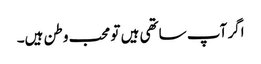
اگر آپ ساتھی ہیں تو محب وطن ہیں۔